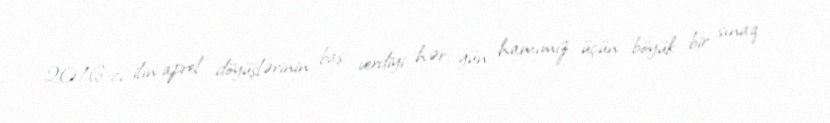
2016-cı ilin aprel döyüşlərinin baş verdiyi hər gün hamımız üçün böyük bir sınaq